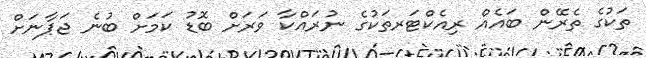
ތަކުގެ ތެރޭން ބައެއް ރިއެކްޓަރތަކުގެ ނުރައްކާ ވަރަށް ބޮޑު ކަމަށް ބުނެ ޖަޕާނަށް